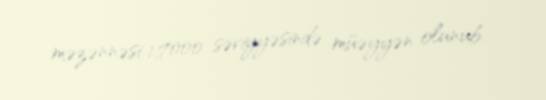
məzənnəsi 1,7000 səviyyəsində müəyyən olunub.